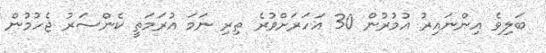
ބަލިވެ އިންނައިރު އުމުރުން 30 އަހަރަށްވުރެ ތިރި ނަމަ އުރަމަތީ ކެންސަރު ޖެހުމުން